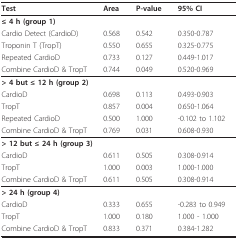
<table><thead><tr><td><b>Test</b></td><td><b>Area</b></td><td><b>P-value</b></td><td><b>95% CI</b></td></tr></thead><tbody><tr><td colspan="4"><b>≤ 4 h (group 1)</b></td></tr><tr><td>Cardio Detect (CardioD)</td><td>0.568</td><td>0.542</td><td>0.350-0.787</td></tr><tr><td>Troponin T (TropT)</td><td>0.550</td><td>0.655</td><td>0.325-0.775</td></tr><tr><td>Repeated CardioD</td><td>0.733</td><td>0.127</td><td>0.449-1.017</td></tr><tr><td>Combine CardioD &amp; TropT</td><td>0.744</td><td>0.049</td><td>0.520-0.969</td></tr><tr><td colspan="4"><b>&gt; 4 but ≤ 12 h (group 2)</b></td></tr><tr><td>CardioD</td><td>0.698</td><td>0.113</td><td>0.493-0.903</td></tr><tr><td>TropT</td><td>0.857</td><td>0.004</td><td>0.650-1.064</td></tr><tr><td>Repeated CardioD</td><td>0.500</td><td>1.000</td><td>-0.102 to 1.102</td></tr><tr><td>Combine CardioD &amp; TropT</td><td>0.769</td><td>0.031</td><td>0.608-0.930</td></tr><tr><td colspan="4"><b>&gt; 12 but ≤ 24 h (group 3)</b></td></tr><tr><td>CardioD</td><td>0.611</td><td>0.505</td><td>0.308-0.914</td></tr><tr><td>TropT</td><td>1.000</td><td>0.003</td><td>1.000-1.000</td></tr><tr><td>Combine CardioD &amp; TropT</td><td>0.611</td><td>0.505</td><td>0.308-0.914</td></tr><tr><td colspan="4"><b>&gt; 24 h (group 4)</b></td></tr><tr><td>CardioD</td><td>0.333</td><td>0.655</td><td>-0.283 to 0.949</td></tr><tr><td>TropT</td><td>1.000</td><td>0.180</td><td>1.000 - 1.000</td></tr><tr><td>Combine CardioD &amp; TropT</td><td>0.833</td><td>0.371</td><td>0.384-1.282</td></tr></tbody></table>